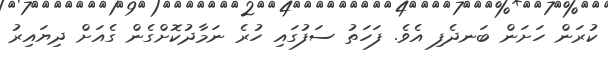
ކުރަން ހަށަން ބަނދެފި އެވެ. ފަހަތު ސަފުގައި ހުރެ ނަމާދުކޮށްގެން ގެއަށް ދިޔައިރު